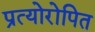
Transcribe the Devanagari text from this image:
प्रत्योरोपित